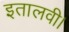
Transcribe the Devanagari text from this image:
इतालवी।